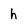
Character: h